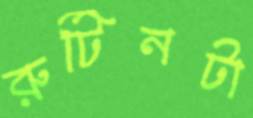
রুটিনটা